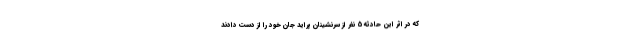
که در اثر این حادثه 5 نفر از سرنشینان پراید جان خود را از دست دادند